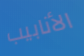
الأنابيب